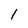
Character: 1